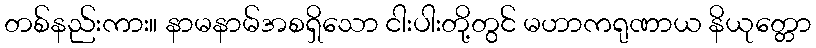
တစ်နည်းကား။ နာမနာမ်အစရှိသော ငါးပါးတို့တွင် မဟာကရုဏာယ နိယုတ္တော